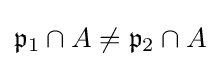
{\mathfrak {p}}_{1}\cap A\neq {\mathfrak {p}}_{2}\cap A